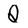
Character: Q